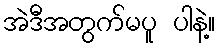
အဲဒီအတွက်မပူ ပါနဲ့။